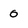
Character: 0